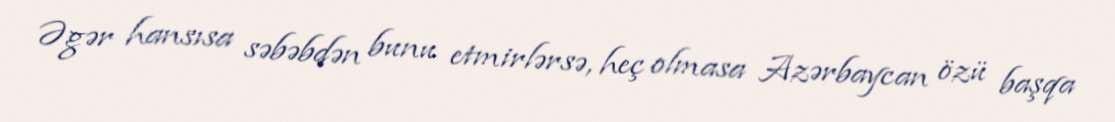
Əgər hansısa səbəbdən bunu etmirlərsə, heç olmasa Azərbaycan özü başqa